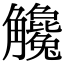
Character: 𧥓